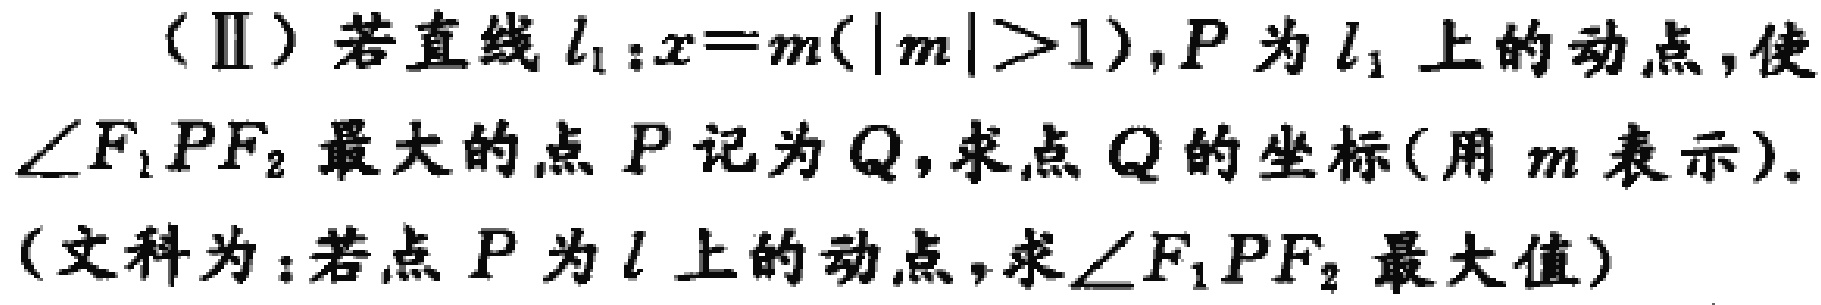
（Ⅱ）若直线\(l_{1}:x = m(|m|>1)\)，\(P\)为\(l_{1}\)上的动点，使\(\angle F_{1}PF_{2}\)最大的点\(P\)记为\(Q\)，求点\(Q\)的坐标（用 \(m\) 表示）。

（文科为：若点 \(P\) 为 \(l\) 上的动点，求\(\angle F_{1}PF_{2}\) 最大值）